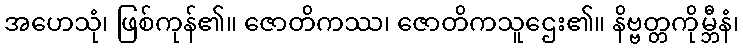
အဟေသုံ၊ ဖြစ်ကုန်၏။ ဇောတိကဿ၊ ဇောတိကသူဌေး၏။ နိဗ္ဗတ္တကိုမ္ဘီနံ၊